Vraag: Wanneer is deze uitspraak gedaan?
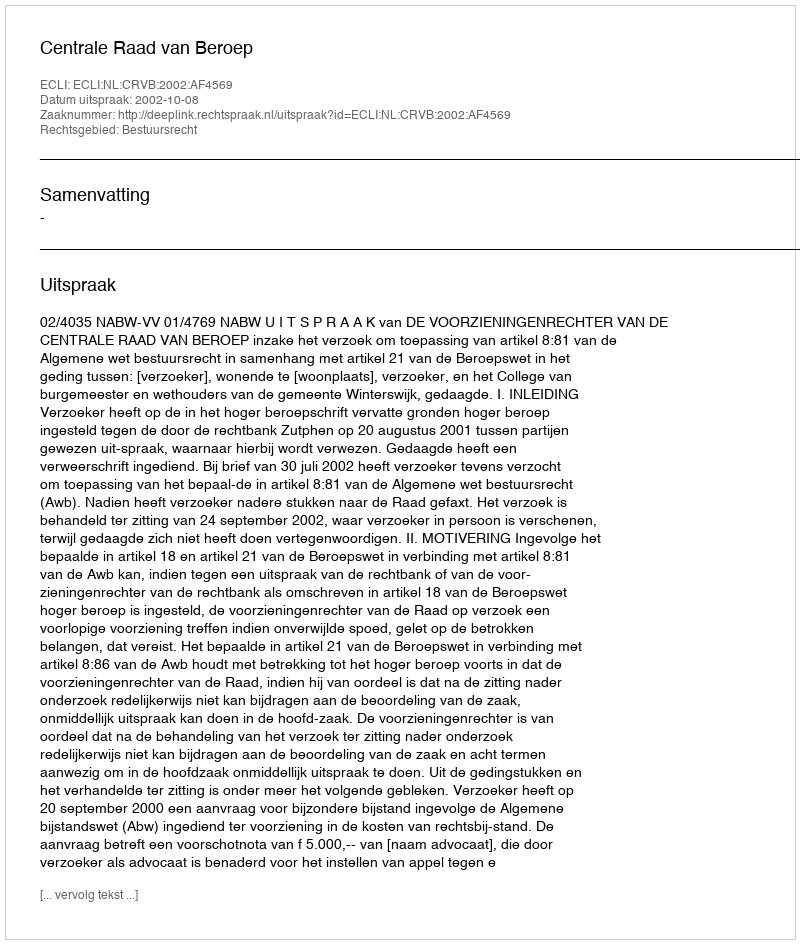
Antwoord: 2002-10-08